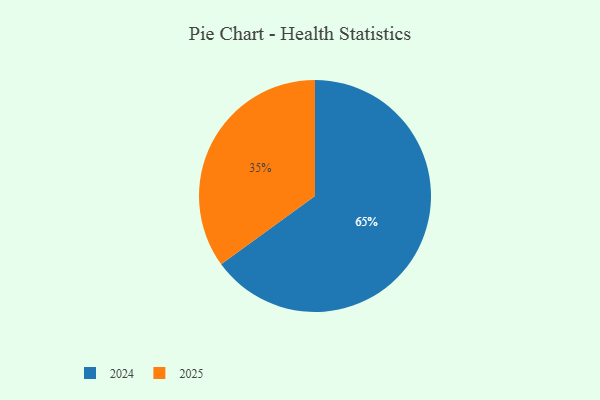
{"axis": {"x": "Category", "y": "Percentage"}, "legend": ["2024", "2025"], "data": [{"x": "2025", "y": 35, "type": "2025"}, {"x": "2024", "y": 65, "type": "2024"}]}